Statistics compiled by the Government of India from the reports of provincial Civil Veterinary Departments
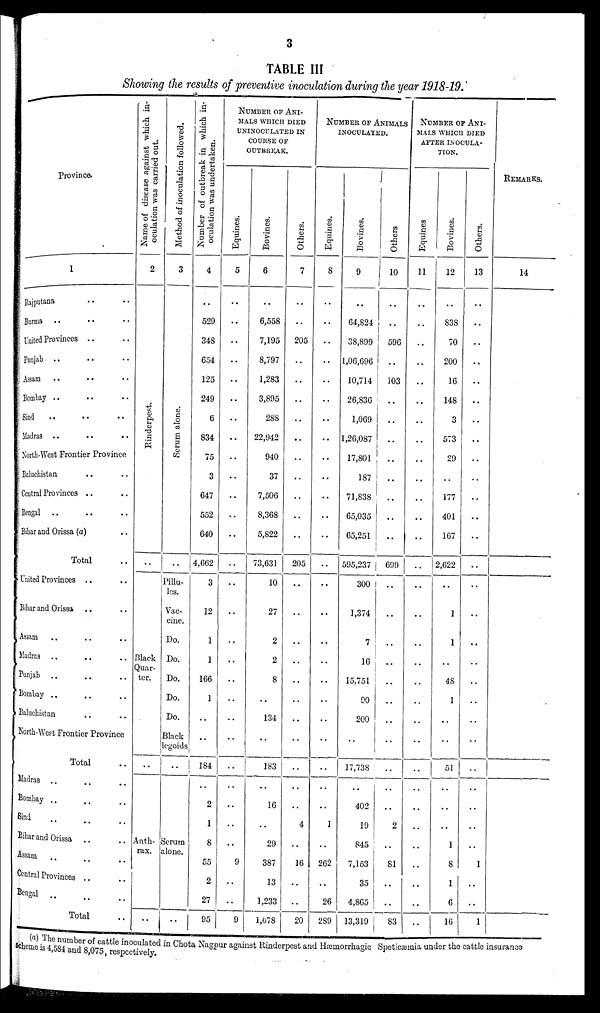
3
TABLE III
Showing the results of preventive inoculation during the year 1918-19.
Province.
1
Rajputana .. ..
Burma .. .. ..
United Provinces .. ..
Punjab .. .. ..
Assam .. .. ..
Bombay .. .. ..
Sind .. .. ..
Madras .. .. ..
North-West Frontier Province
Baluchistan .. ..
Central Provinces .. ..
Bengal .. .. ..
Bihar and Orissa (a) ..
Total ..
United Provinces .. ..
Bihar and Orissa .. ..
Assam .. .. ..
Madras .. .. ..
Punjab .. .. ..
Bombay .. .. ..
Baluchistan .. ..
North-West Frontier Province
Total ..
Madras .. .. ..
Bombay .. .. ..
Sind .. .. ..
Bihar and Orissa .. ..
Assam .. .. ..
Central Provinces .. ..
Bengal ..
..
..
Total ..
Name of disease against which in-
oculation was carried out.
2
Ri nder pes t
.
..
Black
Quar-
ter.
..
Anth-
rax.
..
Method of inoculation followed.
3
Se r
um a lone .
..
Pillu-
les.
Vac-
cine.
Do.
Do.
Do.
Do.
Do.
Black
Legoids
..
Serum
alone.
..
Number of outbreak in which in-
oculation was undertaken.
4
..
529
348
654
125
249
6
834
75
3
647
552
640
4,662
3
12
1
1
166
1
..
..
184
..
2
1
8
55
2
27
95
NUMBER OF ANI-
MALS WHICH DIED
UNINOCULATED IN
COURSE OF
OUTBREAK.
Equines.
5
..
..
..
..
..
..
..
..
..
..
..
..
..
..
..
..
..
..
..
..
..
..
..
..
..
..
..
9
..
..
9
Bovines.
6
..
6,558
7,195
8,797
1,283
3,895
288
22,942
940
37
7,506
8,368
5,822
73,631
10
27
2
2
8
..
134
..
183
..
16
..
29
387
13
1,233
1,678
Others.
7
..
..
205
..
..
..
..
..
..
..
..
..
..
205
..
..
..
..
..
..
..
..
..
..
..
4
..
16
..
..
20
NUMBER OF ANIMALS
INOCULATED.
Equines.
8
..
..
..
..
..
..
..
..
..
..
..
..
..
..
..
..
..
..
..
..
..
..
..
..
..
1
..
262
..
26
289
Bovines.
9
..
64,824
38,899
1,06,696
10,714
26,836
1,069
1,26,087
17,801
187
71,838
65,035
65,251
595,237
300
1,374
7
16
15,751
90
200
..
17,738
..
402
19
845
7,153
35
4,865
13,319
Others
10
..
..
596
..
103
..
..
..
..
..
..
..
..
699
..
..
..
..
..
..
..
..
..
..
..
2
..
81
..
..
83
NUMBER OF ANI-
MALS WHICH DIED
AFTER INOCULA-
TION.
Equines
11
..
..
..
..
..
..
..
..
..
..
..
..
..
..
..
..
..
..
..
..
..
..
..
..
..
..
..
..
..
..
Bovines.
12
..
838
70
200
16
148
3
573
29
..
177
401
167
2,622
..
1
1
..
48
1
..
..
51
..
..
..
1
8
1
6
16
Others.
13
..
..
..
..
..
..
..
..
..
..
..
..
..
..
..
..
..
..
..
..
..
..
..
..
..
..
1
..
..
1
REMARKS.
14
(a) The number of cattle inoculated in Chota Nagpur against Rinderpest and Hæmorrhagic Speticæmia under the cattle insurance
scheme is 4,584 and 8,075, respectively.